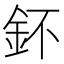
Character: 鈈